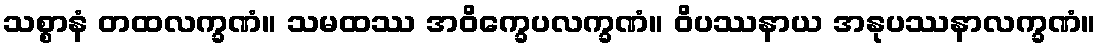
သစ္စာနံ တထလက္ခဏံ။ သမထဿ အဝိက္ခေပလက္ခဏံ။ ဝိပဿနာယ အနုပဿနာလက္ခဏံ။